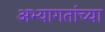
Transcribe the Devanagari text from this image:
अभ्यागतांच्या